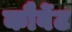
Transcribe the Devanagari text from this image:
कौर्वेट